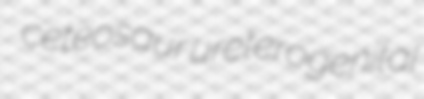
ceteosaur ureterogenital